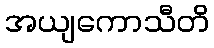
အယျကောသီတိ